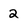
Character: 2